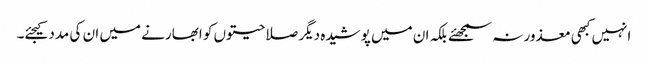
انہیں کبھی معذور نہ سمجھئے بلکہ ان میں پوشیدہ دیگر صلاحیتوں کو ابھارنے میں ان کی مدد کیجئے۔